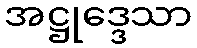
အဋ္ဌုဒ္ဒေသာ